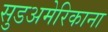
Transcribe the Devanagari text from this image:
सुडअमेरिकाना